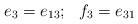
LaTeX: \begin{align*}\begin{array}{ll}e_3 = e_{13}; & f_3 = e_{31}\end{array}\end{align*}